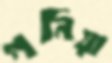
গনিয়া